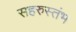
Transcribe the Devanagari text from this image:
सहरुस्तंभ